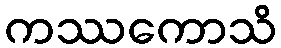
ကဿကောသိ